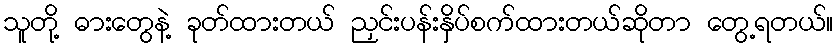
သူတို့ ဓားတွေနဲ့ ခုတ်ထားတယ် ညှင်းပန်းနှိပ်စက်ထားတယ်ဆိုတာ တွေ့ရတယ်။